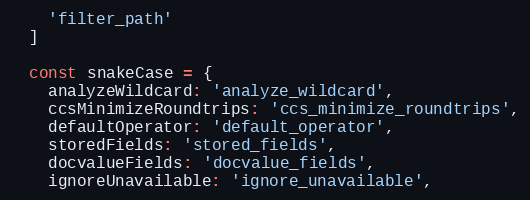
Language: JavaScript
    'filter_path'
  ]

  const snakeCase = {
    analyzeWildcard: 'analyze_wildcard',
    ccsMinimizeRoundtrips: 'ccs_minimize_roundtrips',
    defaultOperator: 'default_operator',
    storedFields: 'stored_fields',
    docvalueFields: 'docvalue_fields',
    ignoreUnavailable: 'ignore_unavailable',